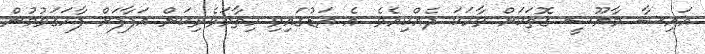
އައިޝާ މާޔޫސީ ގޮތަކަށް ވާހަކަ ދެއްކިއެވެ. އެ އަޑުގައިވި ހިތާމަވެރިކަން އަފާފަށް ފާހަގަވުމުން